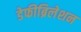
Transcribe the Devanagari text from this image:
डेफीब्रिलेशन